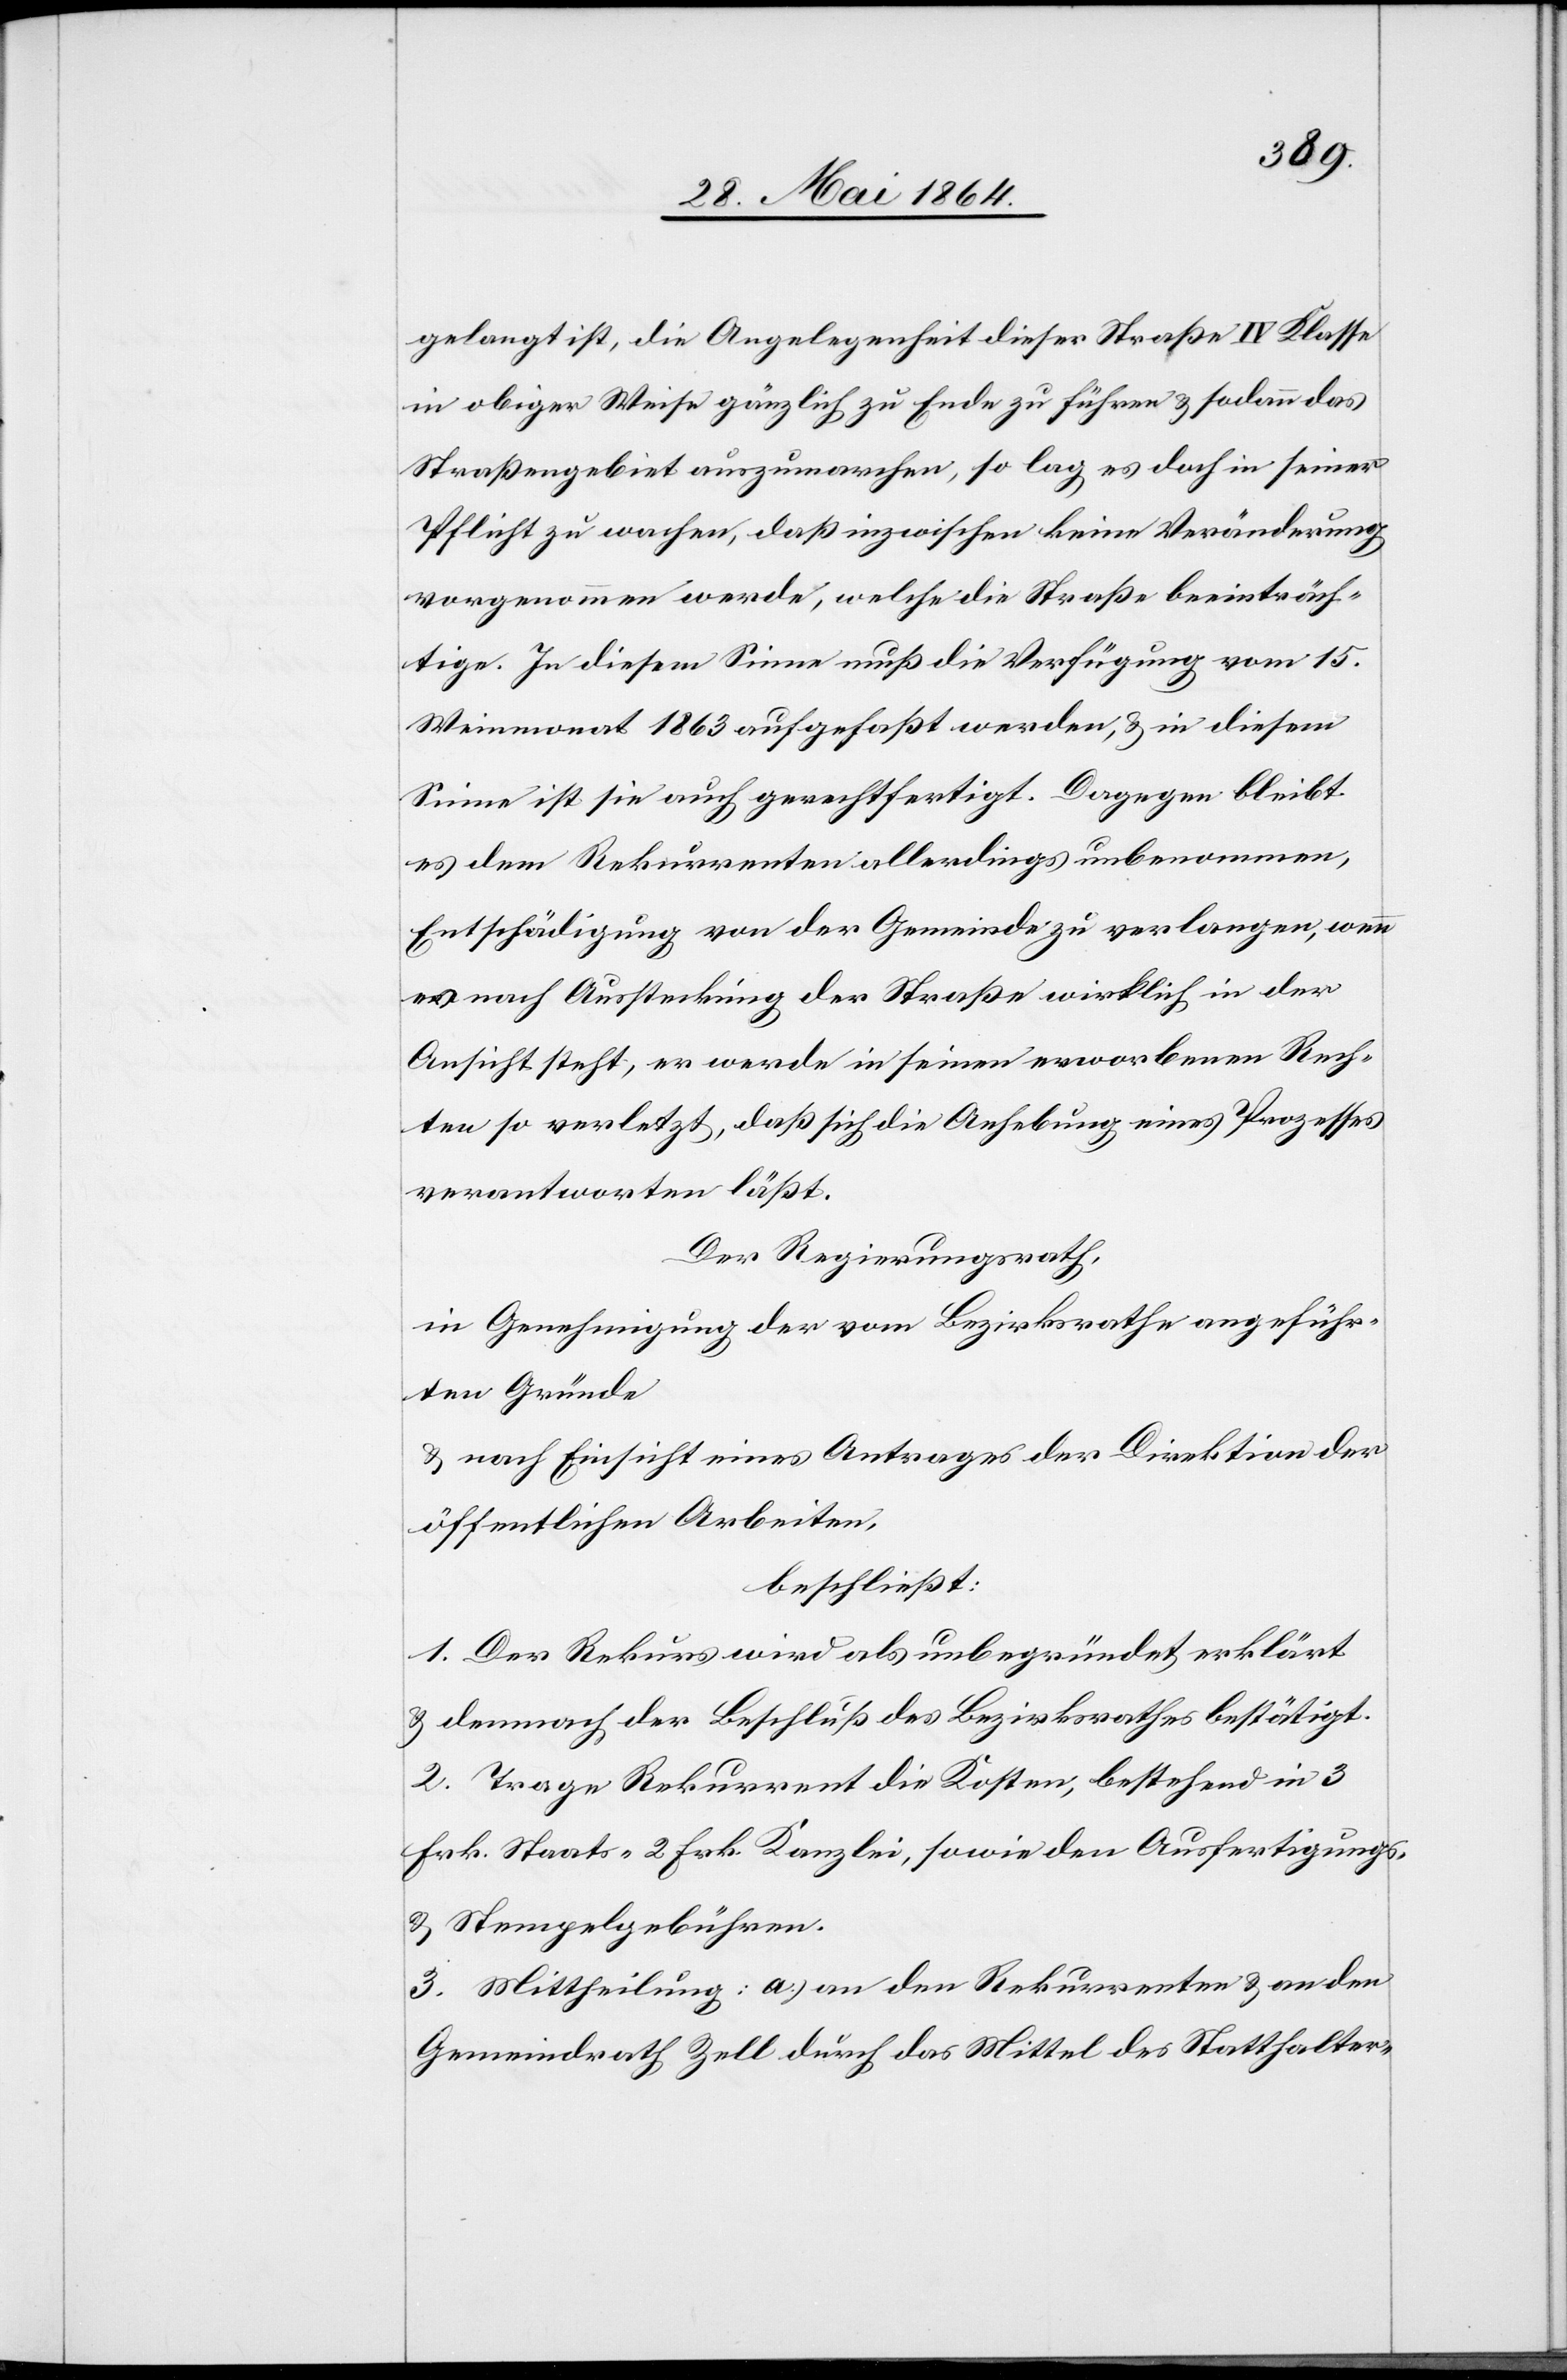
gelangt ist, die Angelegenheit dieser Straße IV Klasse
in obiger Weise gänzlich zu Ende zu führen u. sodann das
Straßengebiet auszumarchen, so lag es doch in seiner
Pflicht zu wachen, daß inzwischen keine Veränderung
vorgenommen werde, welche die Straße beeinträch¬
tige. In diesem Sinne muß die Verfügung vom 15.
Weinmonat 1863 aufgefaßt werden, u. in diesem
Sinne ist sie auch gerechtfertigt. Dagegen bleibt
es dem Rekurrenten allerdings unbenommen,
Entschädigung von der Gemeinde zu verlangen, wenn
er nach Aussteckung der Straße wirklich in der
Ansicht steht, er werde in seinen erworbenen Rech¬
ten so verletzt, daß sich die Anhebung eines Prozesses
verantworten läßt.
Der Regierungsrath,
in Genehmigung der vom Bezirksrathe angeführ¬
ten Gründe
u. nach Einsicht eines Antrages der Direktion der
öffentlichen Arbeiten,
beschließt:
1. Der Rekurs wird als unbegründet erklärt
u. demnach der Beschluß des Bezirksrathes bestätigt.
2. Trage Rekurrent die Kosten, bestehend in 3
Frk. Staats-[,] 2 Frk. Kanzlei, sowie den Ausfertigungs-
u. Stempelgebühren.
3. Mittheilung: a.) an den Rekurrenten u. an den
Gemeindrath Zell durch das Mittel des Statthalter-